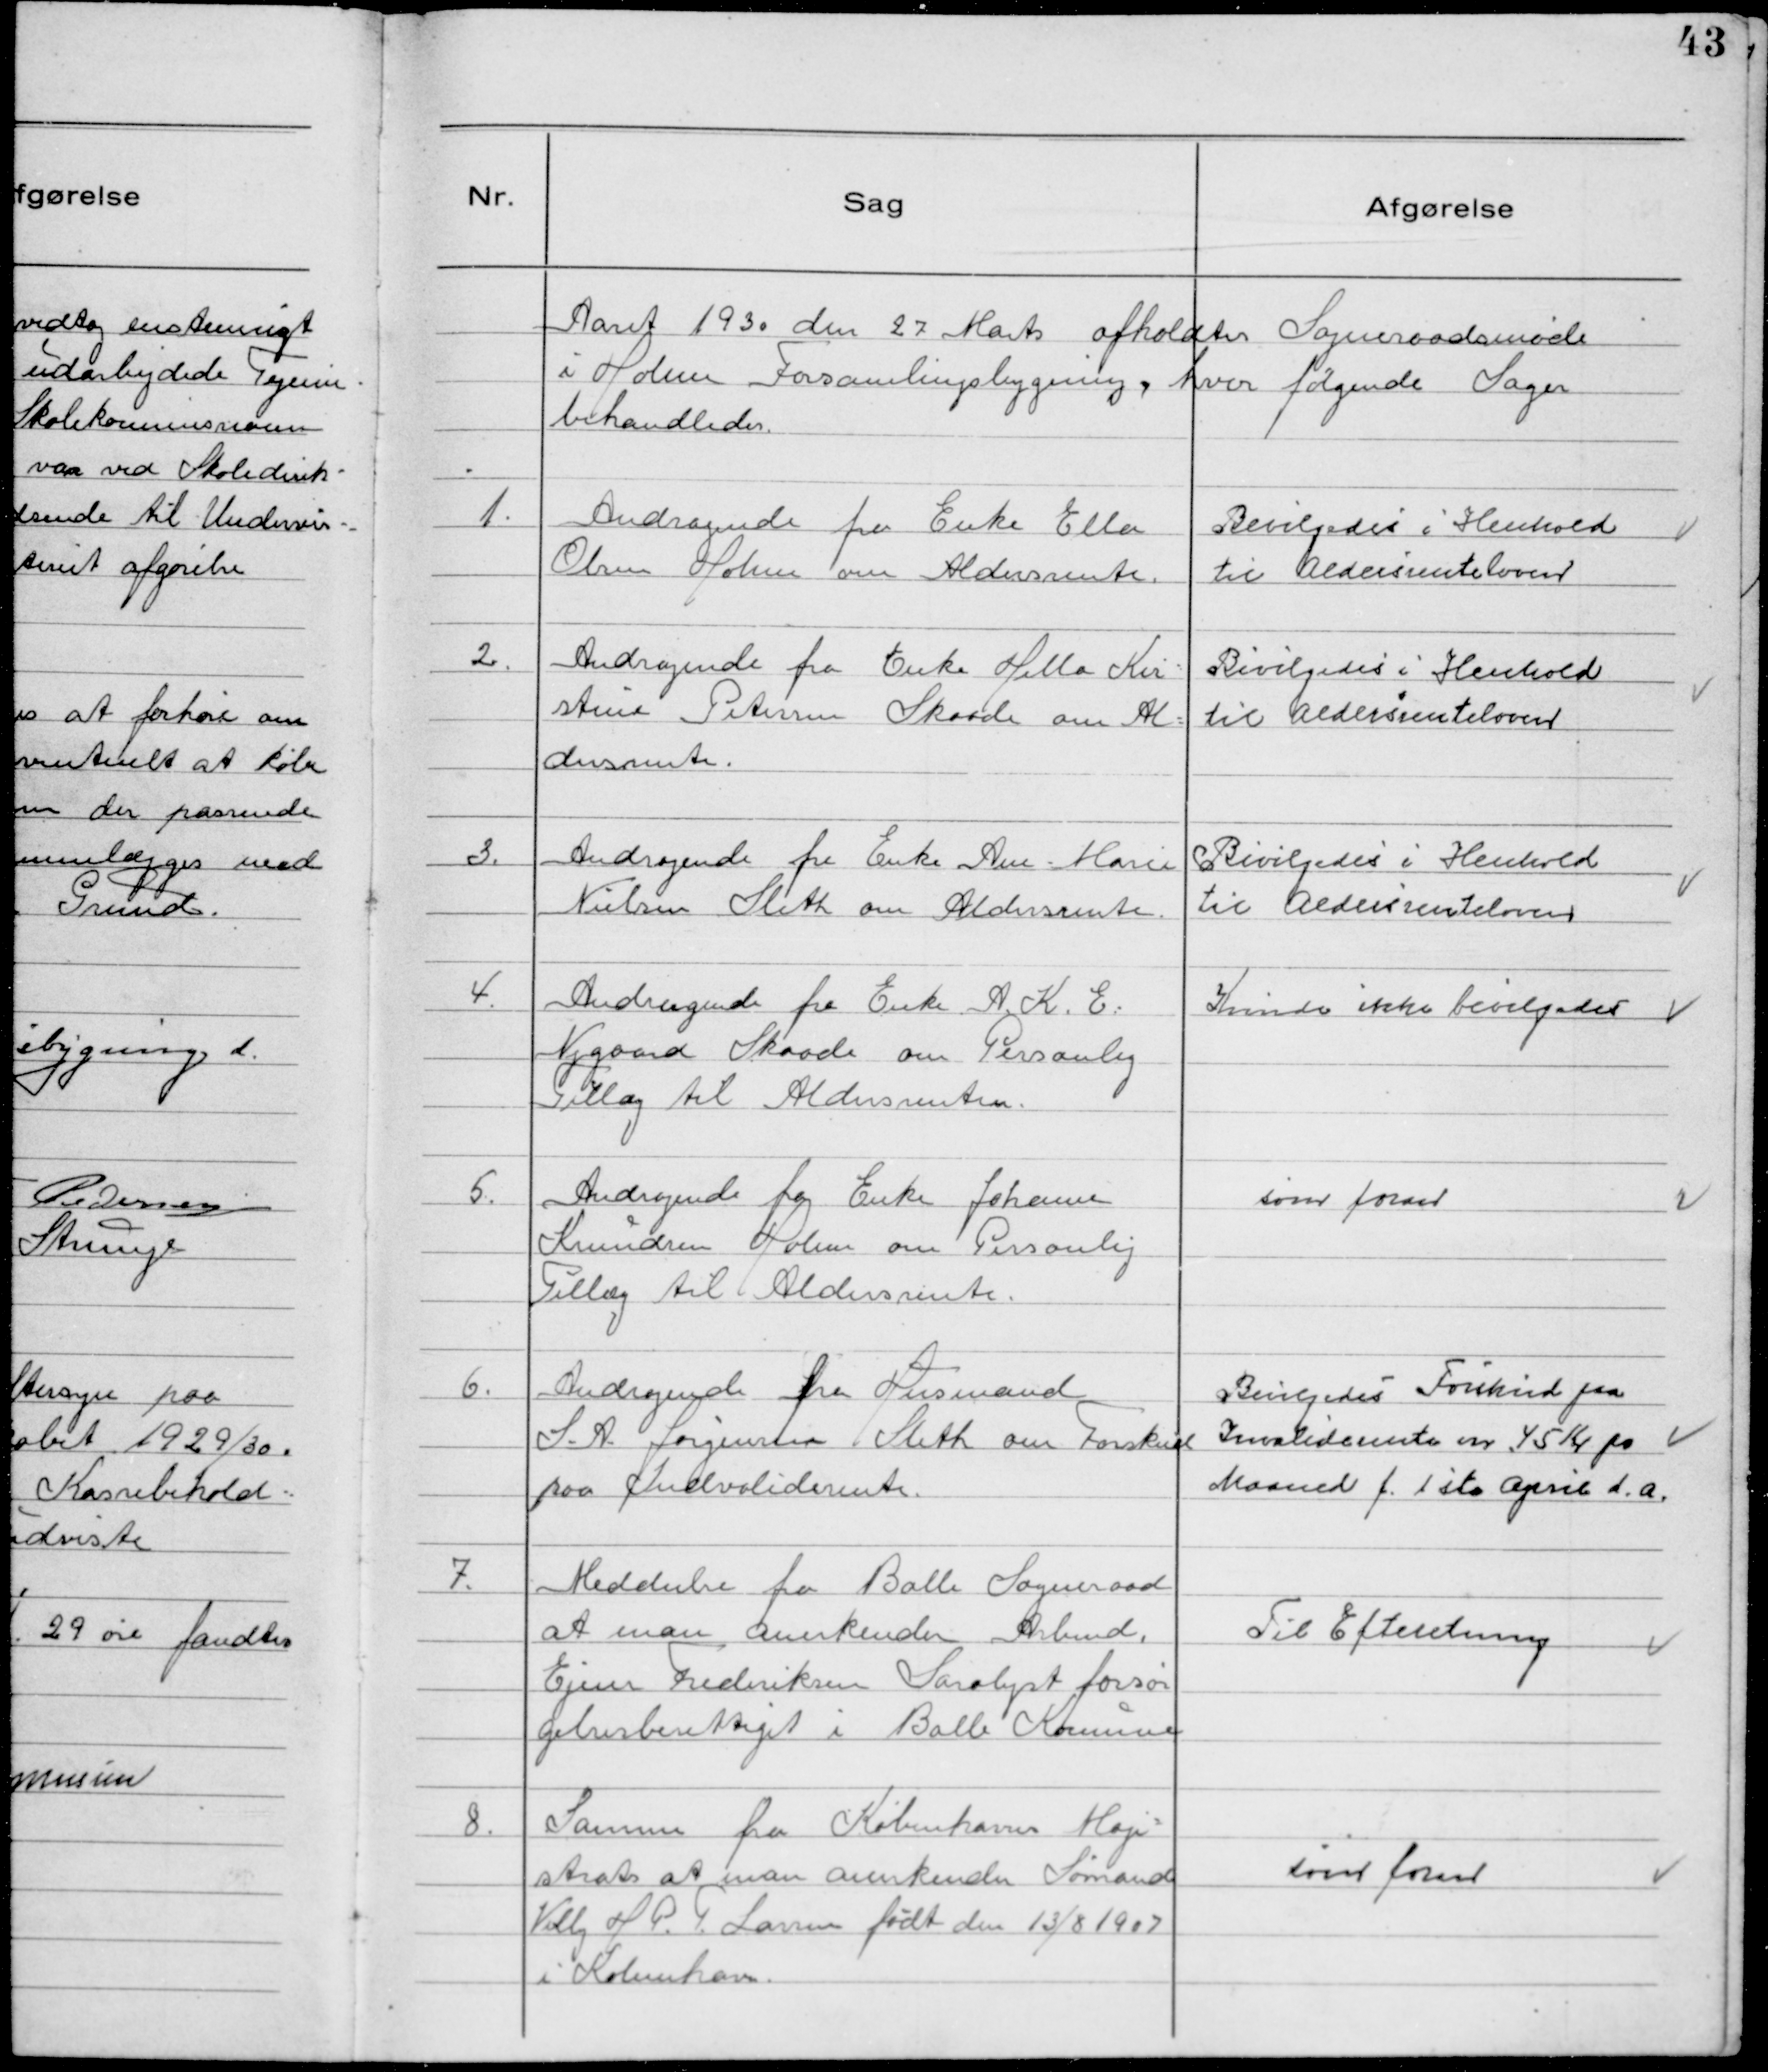
Transskription:
Aaret 1930 den 27 Marts afholdtes Sogneraadsmøde
i Holme Forsamlingsbygning, hvor følgende Sager
behandledes.

1. Andragende fra Enke Ellen
Olsen Holme om Aldersrente.

Bevilgedes i Henhold
til Aldersrenteloven

2. Andragende fra Enke Hella Kir-
stine Petersen Skaade om Al-
dersrente.

Bevilgedes i Henhold
til Aldersrenteloven

3. Andragende fra Enke Ane-Marie
Nielsen Sleth om Aldersrente.

Bevilgedes i Henhold
til Aldersrenteloven

4. Andragende fra Enke A.K.E.
Nygaard Skaade om Personlig
Tillæg til Aldersrenten.

Kunde ikke bevilgedes

5. Andragende fra Enke Johanne
Knudsen Holme om Personlig
Tillæg til Aldersrente.

som foran

6. Andragende fra Husmand
S.A. Jørgensen Sleth om Forskud
paa Indvaliderente.

Bevilgedes Forskud paa
Invaliderente m. 45 Kr pr
Maaned f. 1ste April d.a.

7. Meddeelse fra Balle Sogneraad
at man anerkender Arbmd.
Ejner Frederiksen Saralyst forsør
gelsesberettiget i Balle Kommune

Til Efteretning

8. Samme fra Københavns Magi-
strat at man anerkender Sømand 
Villy H P. Larsen født den13/8 1907
i København.

som foran